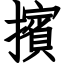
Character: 擯